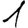
Digit: 1